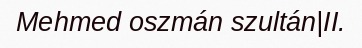
Mehmed oszmán szultán|II.